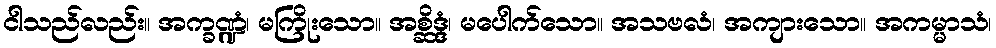
ငါသည်လည်း။ အက္ခဏ္ဍံ၊ မကြိုးသော။ အစ္ဆိဒ္ဒံ၊ မပေါက်သော။ အသဗလံ၊ အကျားသော။ အကမ္မာသံ၊